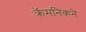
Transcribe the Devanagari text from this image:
क्रॅमनिकने